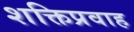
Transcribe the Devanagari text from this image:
शक्तिप्रवाह